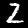
Label: 2